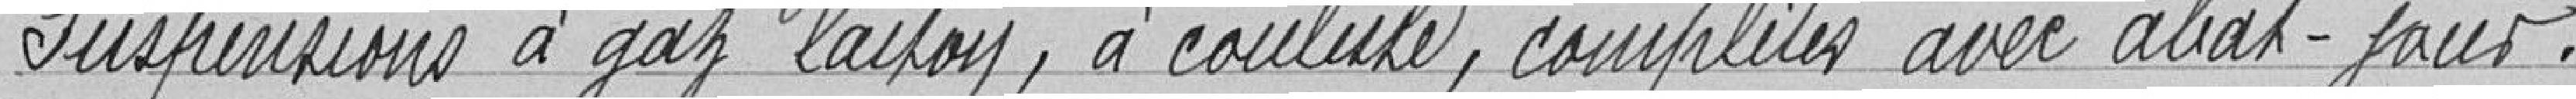
Suspensions à gaz laiton, à coulisse, complètes avec abat-jout.